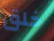
خلق